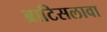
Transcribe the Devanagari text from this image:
ब्राटिसलावा